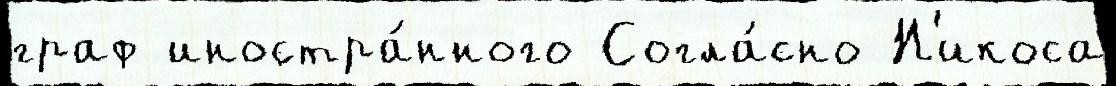
граф иностра́нного Согла́сно Н'икоса